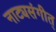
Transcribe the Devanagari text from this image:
नाट्यसंगीत्